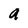
Character: a